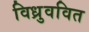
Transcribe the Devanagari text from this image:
विध्रुववित